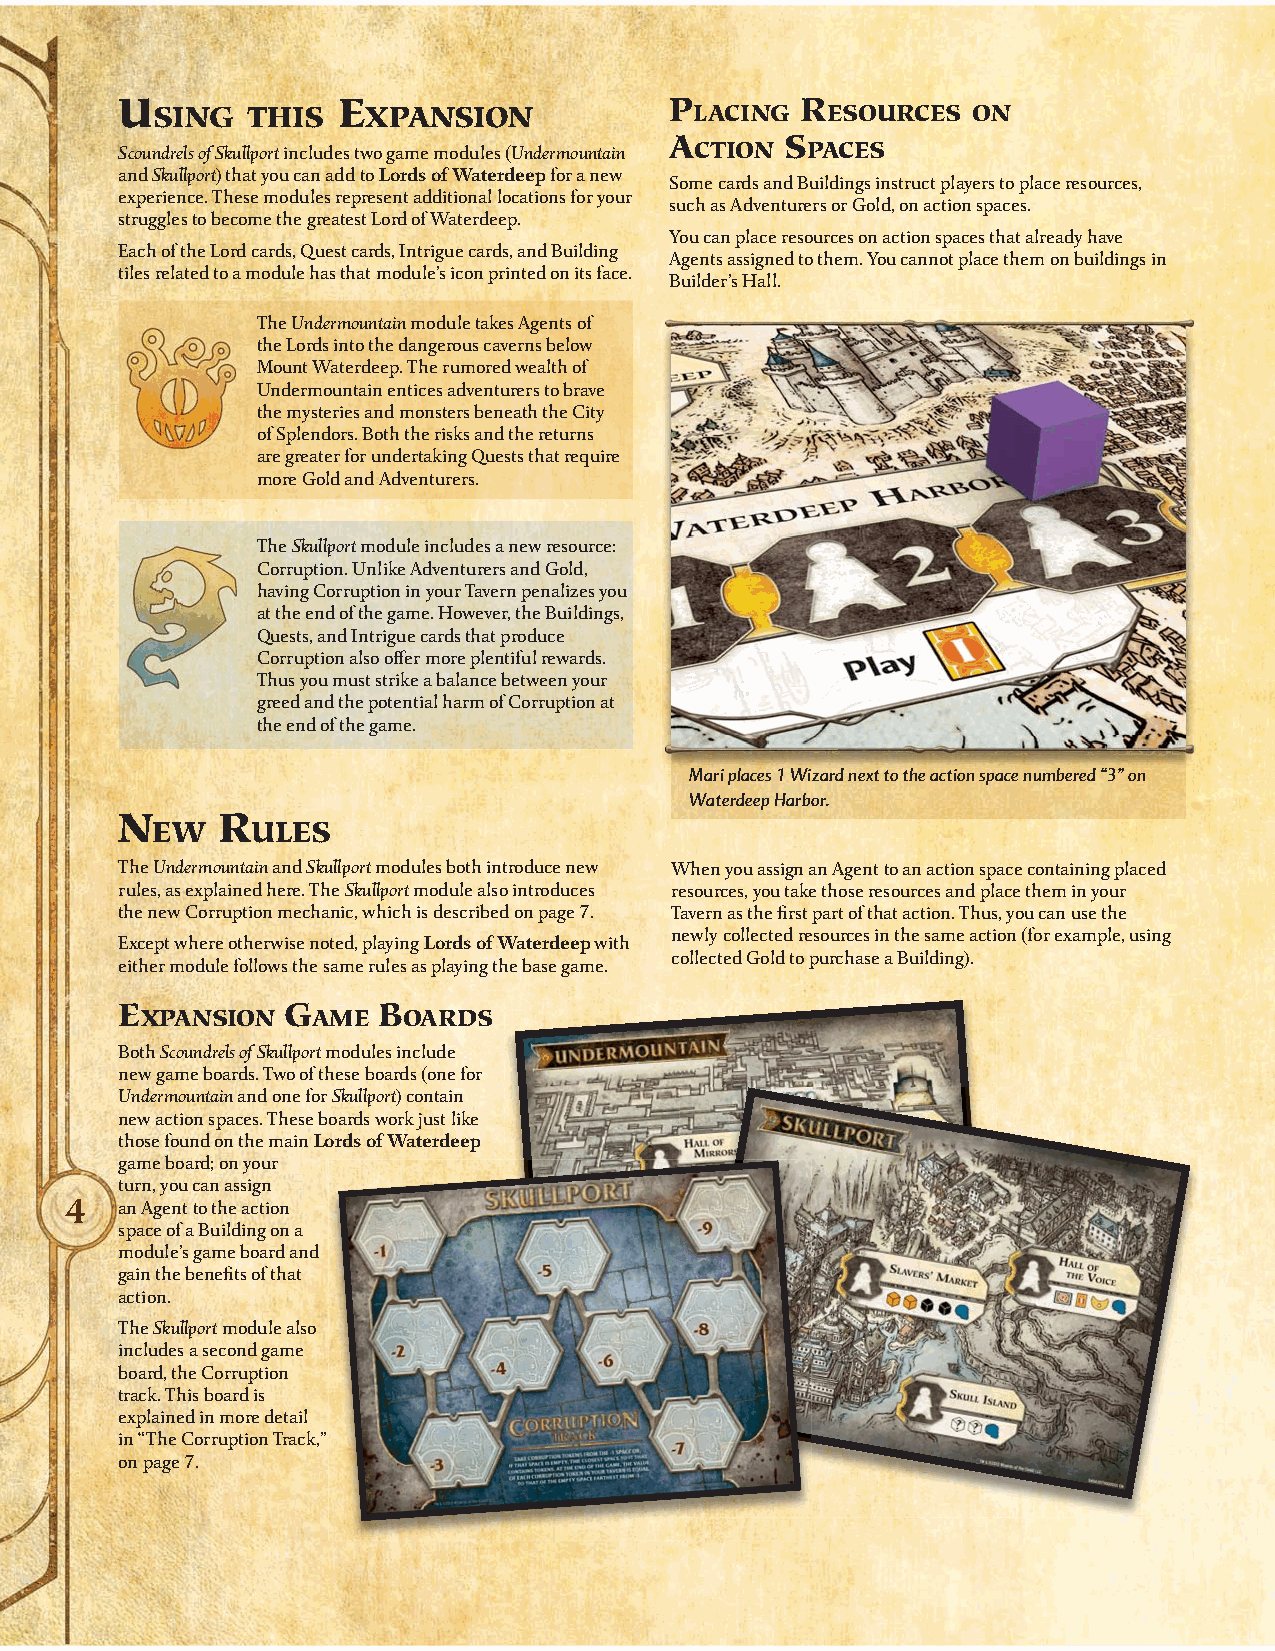
U             E                     P        R
 SING  THIS    XPANSION              LACING   ESOURCES ON
 A       S
 CTION  PACES
 Scoundrels of Skullport includes two game modules (Undermountain
 and Skullport) that you can add to Lords of Waterdeep for a new
 Some cards and Buildings instruct players to place resources,
 experience. These modules represent additional locations for your
 such as Adventurers or Gold, on action spaces.
 struggles to become the greatest Lord of Waterdeep.
 You can place resources on action spaces that already have
 Each of the Lord cards, Quest cards, Intrigue cards, and Building
 Agents assigned to them. You cannot place them on buildings in
 tiles related to a module has that module’s icon printed on its face.
 Builder’s Hall.
 The Undermountain module takes Agents of
 the Lords into the dangerous caverns below
 Mount Waterdeep. The rumored wealth of
 Undermountain entices adventurers to brave
 the mysteries and monsters beneath the City
 of Splendors. Both the risks and the returns
 are greater for undertaking Quests that require
 more Gold and Adventurers.
 The Skullport module includes a new resource:
 Corruption. Unlike Adventurers and Gold,
 having Corruption in your Tavern penalizes you
 at the end of the game. However, the Buildings,
 Quests, and Intrigue cards that produce
 Corruption also offer more plentiful rewards.
 Thus you must strike a balance between your
 greed and the potential harm of Corruption at
 the end of the game.
 Mari places 1 Wizard next to the action space numbered “3” on
 Waterdeep Harbor.
 N     R
 EW     ULES
 The Undermountain and Skullport modules both introduce new When you assign an Agent to an action space containing placed
 rules, as explained here. The Skullport module also introduces resources, you take those resources and place them in your
 the new Corruption mechanic, which is described on page 7. Tavern as the first part of that action. Thus, you can use the
 newly collected resources in the same action (for example, using
 Except where otherwise noted, playing Lords of Waterdeep with
 collected Gold to purchase a Building).
 either module follows the same rules as playing the base game.
 E          G     B
 XPANSION    AME   OARDS
 Both Scoundrels of Skullport modules include
 new game boards. Two of these boards (one for
 Undermountain and one for Skullport) contain
 new action spaces. These boards work just like
 those found on the main Lords of Waterdeep
 game board; on your
 turn, you can assign
 4
 an Agent to the action
 space of a Building on a
 module’s game board and
 gain the benefits of that
 action.
 The Skullport module also
 includes a second game
 board, the Corruption
 track. This board is
 explained in more detail
 in “The Corruption Track,”
 on page 7.